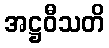
အဋ္ဌဝီသတိ